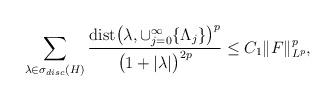
LaTeX: \begin{align*}\sum_{\lambda \in \sigma_{disc}(H)} \frac{\textup{dist} \big( \lambda,\cup_{j=0}^{\infty} \lbrace \Lambda_{j} \rbrace \big)^{p}}{\big( 1 + \vert \lambda \vert \big)^{2p}} \leq C_{1} \Vert F \Vert_{L^{p}}^{p}, \end{align*}